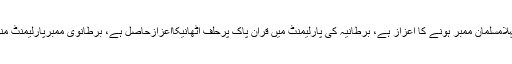
یورپی ممالک میں مسلمانوں کی نمائندگی نہیں تھی،1997میں برطانیہ کی پارلیمنٹ کاپہلامسلمان ممبر ہونے کا اعزاز ہے، برطانیہ کی پارلیمنٹ میں قرآن پاک پرحلف اٹھانیکااعزازحاصل ہے، برطانوی ممبرپارلیمنٹ منتخب ہونے کے بعدمقبوضہ کشمیر اور فلسطین اورعراق جنگ کیخلاف کیلئے آوازاٹھائی۔